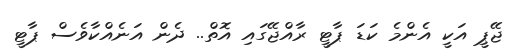
ޖޭޕީ އަކީ އެންމެ ކަޑަ ޕާޓީ ރާއްޖޭގައި އޮތް.. ދެން އަނެއްކާވެސް ޕާޓީ